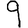
Digit: 9